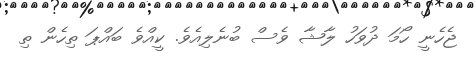
ޖެހެނީ ހޯމަ ދުވަހު ލާޝާ ވެސް ބުނެލިއެވެ. ކީއްވެ ބައްޕަ ތިހެން ތި